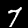
Digit: 7